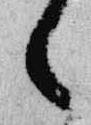
々